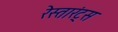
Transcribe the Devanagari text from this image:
रेस्तारंट्स